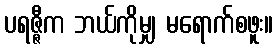
ပရဇ္ဇီက ဘယ်ကိုမျှ မရောက်စဖူး။